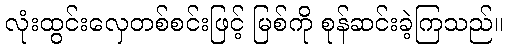
လုံးထွင်းလှေတစ်စင်းဖြင့် မြစ်ကို စုန်ဆင်းခဲ့ကြသည်။